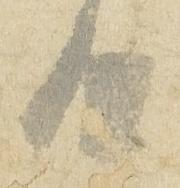
日